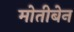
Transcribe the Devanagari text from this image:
मोतीबेन